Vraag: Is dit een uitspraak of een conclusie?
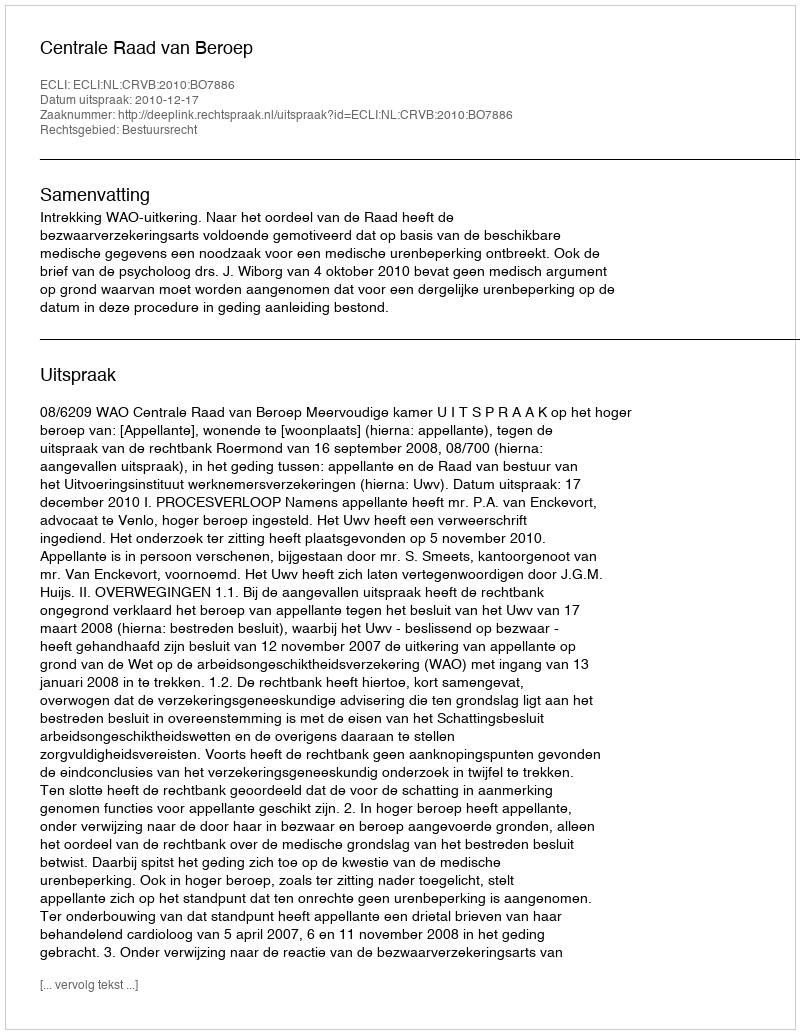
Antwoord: Uitspraak